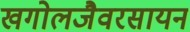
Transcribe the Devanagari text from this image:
खगोलजैवरसायन